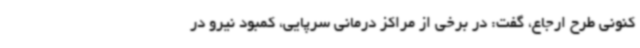
کنونی طرح ارجاع، گفت: در برخی از مراکز درمانی سرپایی، کمبود نیرو در